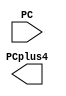
module PC_Adder(PC,PCplus4);
	input PC;
	output  PCplus4;
	endmodule